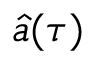
\hat { a } ( \tau )